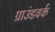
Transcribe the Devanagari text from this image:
ग्राउंडवर्क